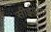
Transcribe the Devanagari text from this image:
सीईआर